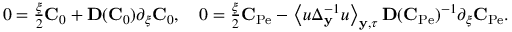
\begin{array} { r l } & { 0 = \frac { \xi } { 2 } \mathbf { C } _ { 0 } + \mathbf { D } ( \mathbf { C } _ { 0 } ) \partial _ { \xi } \mathbf { C } _ { 0 } , \quad 0 = \frac { \xi } { 2 } \mathbf { C } _ { \mathrm { P e } } - \left\langle u \Delta _ { \mathbf { y } } ^ { - 1 } u \right\rangle _ { \mathbf { y } , \tau } \mathbf { D } ( \mathbf { C } _ { \mathrm { P e } } ) ^ { - 1 } \partial _ { \xi } \mathbf { C } _ { \mathrm { P e } } . } \end{array}